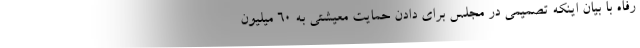
رفاه با بیان اینکه تصمیمی در مجلس برای دادن حمایت معیشتی به ۶۰ میلیون